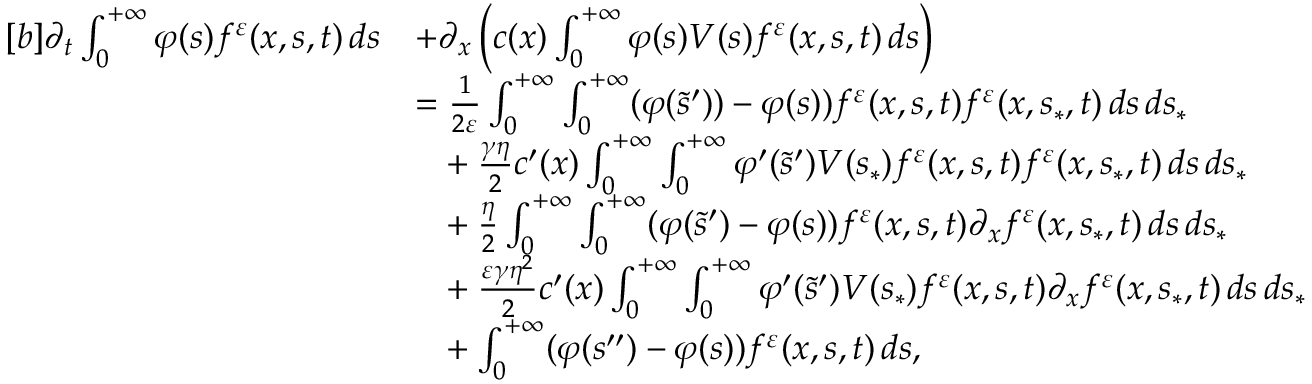
\begin{array} { r } { \begin{array} { r l } { [ b ] \partial _ { t } \int _ { 0 } ^ { + \infty } \varphi ( s ) f ^ { \varepsilon } ( x , s , t ) \, d s } & { + \partial _ { x } \left( c ( x ) \int _ { 0 } ^ { + \infty } \varphi ( s ) V ( s ) f ^ { \varepsilon } ( x , s , t ) \, d s \right) } \\ & { = \frac { 1 } { 2 \varepsilon } \int _ { 0 } ^ { + \infty } \int _ { 0 } ^ { + \infty } ( \varphi ( \tilde { s } ^ { \prime } ) ) - \varphi ( s ) ) f ^ { \varepsilon } ( x , s , t ) f ^ { \varepsilon } ( x , s _ { \ast } , t ) \, d s \, d s _ { \ast } } \\ & { \phantom { = } + \frac { \gamma \eta } { 2 } c ^ { \prime } ( x ) \int _ { 0 } ^ { + \infty } \int _ { 0 } ^ { + \infty } \varphi ^ { \prime } ( \tilde { s } ^ { \prime } ) V ( s _ { \ast } ) f ^ { \varepsilon } ( x , s , t ) f ^ { \varepsilon } ( x , s _ { \ast } , t ) \, d s \, d s _ { \ast } } \\ & { \phantom { = } + \frac { \eta } { 2 } \int _ { 0 } ^ { + \infty } \int _ { 0 } ^ { + \infty } ( \varphi ( \tilde { s } ^ { \prime } ) - \varphi ( s ) ) f ^ { \varepsilon } ( x , s , t ) \partial _ { x } f ^ { \varepsilon } ( x , s _ { \ast } , t ) \, d s \, d s _ { \ast } } \\ & { \phantom { = } + \frac { \varepsilon \gamma \eta ^ { 2 } } { 2 } c ^ { \prime } ( x ) \int _ { 0 } ^ { + \infty } \int _ { 0 } ^ { + \infty } \varphi ^ { \prime } ( \tilde { s } ^ { \prime } ) V ( s _ { \ast } ) f ^ { \varepsilon } ( x , s , t ) \partial _ { x } f ^ { \varepsilon } ( x , s _ { \ast } , t ) \, d s \, d s _ { \ast } } \\ & { \phantom { = } + \int _ { 0 } ^ { + \infty } ( \varphi ( s ^ { \prime \prime } ) - \varphi ( s ) ) f ^ { \varepsilon } ( x , s , t ) \, d s , } \end{array} } \end{array}